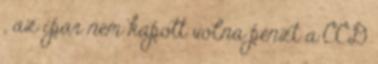
, az ipar nem kapott volna pénzt a CCD